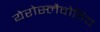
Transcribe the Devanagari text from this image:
येरोस्लैवोविच